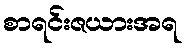
စာရင်းဇယားအရ